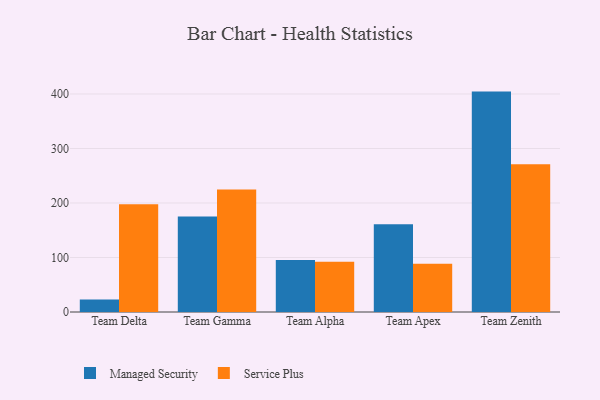
{"axis": {"x": "Team", "y": "Inventory Turnover"}, "legend": ["Managed Security", "Service Plus"], "data": [{"x": "Team Delta", "y": 23.1, "type": "Managed Security"}, {"x": "Team Delta", "y": 197.9, "type": "Service Plus"}, {"x": "Team Gamma", "y": 175.2, "type": "Managed Security"}, {"x": "Team Gamma", "y": 224.7, "type": "Service Plus"}, {"x": "Team Alpha", "y": 95.5, "type": "Managed Security"}, {"x": "Team Alpha", "y": 92.4, "type": "Service Plus"}, {"x": "Team Apex", "y": 161.1, "type": "Managed Security"}, {"x": "Team Apex", "y": 88.6, "type": "Service Plus"}, {"x": "Team Zenith", "y": 404.4, "type": "Managed Security"}, {"x": "Team Zenith", "y": 271.2, "type": "Service Plus"}]}